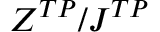
Z ^ { T P } / J ^ { T P }